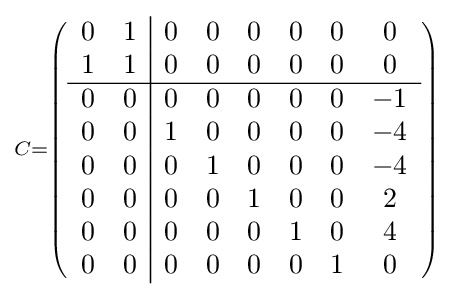
\scriptstyle C=\left({\begin{array}{cc|cccccc}0&1&0&0&0&0&0&0\\1&1&0&0&0&0&0&0\\\hline 0&0&0&0&0&0&0&-1\\0&0&1&0&0&0&0&-4\\0&0&0&1&0&0&0&-4\\0&0&0&0&1&0&0&2\\0&0&0&0&0&1&0&4\\0&0&0&0&0&0&1&0\end{array}}\right)